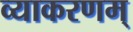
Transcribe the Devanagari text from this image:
व्याकरणम्